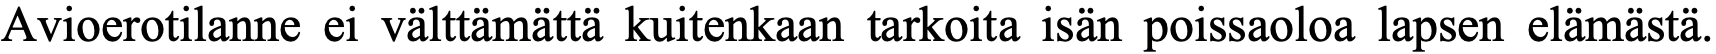
Avioerotilanne ei välttämättä kuitenkaan tarkoita isän poissaoloa lapsen elämästä.